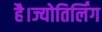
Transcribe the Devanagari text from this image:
है।ज्योतिर्लिंग